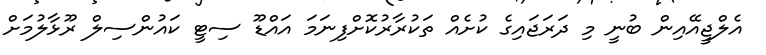
އެލްޖީއޭއިން ބުނީ މި ދަރަޖައިގެ ކުށެއް ތަކުރާރުކޮށްފިނަމަ އައްޑޫ ސިޓީ ކައުންސިލް ރޫޅާލުމަށް